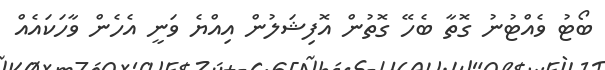
ބޯޓު ވެއްޓުނު ގޮތާ ބެހޭ ގޮތުން އޮފިޝަލުން އިއްޔެ ވަނީ އެހެން ވާހަކައެއް